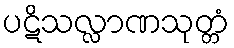
ပဋိသလ္လာဏသုတ္တံ